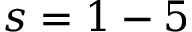
s = 1 - 5